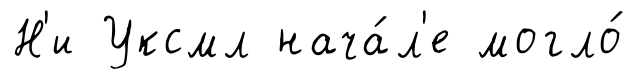
Н'и Уксмл нача́л'е могло́